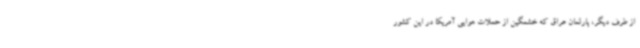
از طرف دیگر، پارلمان عراق که خشمگین از حملات هوایی آمریکا در این کشور